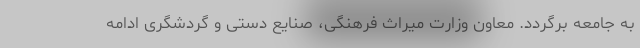
به جامعه برگردد. معاون وزارت میراث فرهنگی، صنایع دستی و گردشگری ادامه